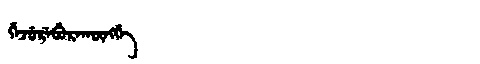
Manchu: ᡤᡝᠵᡠᡵᡝᠪᡠᡵᠠᡴᡡᠩᡤᡝ
Romanization: GEJUREBURAKŪNGGE